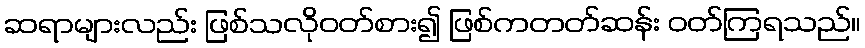
ဆရာများလည်း ဖြစ်သလိုဝတ်စား၍ ဖြစ်ကတတ်ဆန်း ဝတ်ကြရသည်။